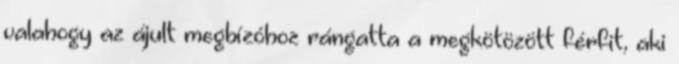
valahogy az ájult megbízóhoz rángatta a megkötözött férfit, aki